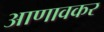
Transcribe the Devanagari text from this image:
आणावकर